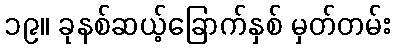
၁၉။ ခုနစ်ဆယ့်ခြောက်နှစ် မှတ်တမ်း